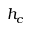
h _ { c }